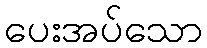
ပေးအပ်သော